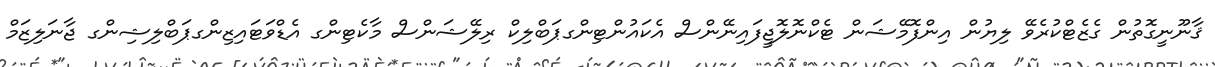
ޤާނޫނީގޮތުން ގެޒެޓްކުރެވޭ ލިޔުން އިންފޮމޭޝަން ޓެކްނޮލޮޖީފައިނޭންސް އެކައުންޓިންގޕަބްލިކް ރިލޭޝަންސް މާކެޓިންގ އެޑްވަޓައިޒިންގޕަބްލިޝިންގ ޖާނަލިޒަމް